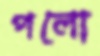
পলো